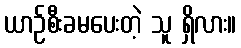
ယာဉ်စီးခမပေးတဲ့ သူ ရှိလား။